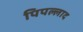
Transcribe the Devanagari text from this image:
पिपल्लाद